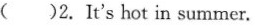
( )2. It's hot in summer.